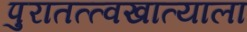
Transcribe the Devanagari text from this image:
पुरातत्त्वखात्याला